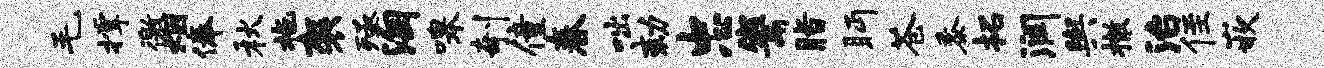
毛撑徼烟俸秋拖袈殛淘嗥剞僮春咄劾忠鬻脂眄苍黍拓润舆撤治侄嵌